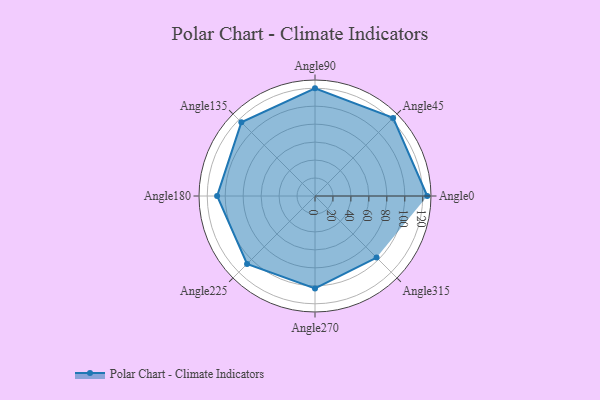
{"axis": {"x": "Angle", "y": "Radius"}, "legend": [""], "data": [{"x": "Angle0", "y": 125.0, "type": ""}, {"x": "Angle45", "y": 123.0, "type": ""}, {"x": "Angle90", "y": 120.0, "type": ""}, {"x": "Angle135", "y": 116.0, "type": ""}, {"x": "Angle180", "y": 109.0, "type": ""}, {"x": "Angle225", "y": 107.0, "type": ""}, {"x": "Angle270", "y": 103.0, "type": ""}, {"x": "Angle315", "y": 97.0, "type": ""}]}